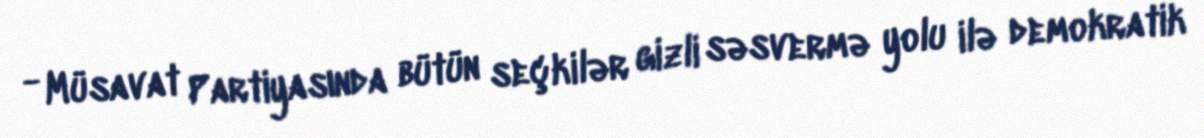
- Müsavat Partiyasında bütün seçkilər gizli səsvermə yolu ilə demokratik